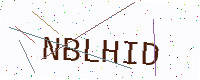
Text: NBLHID